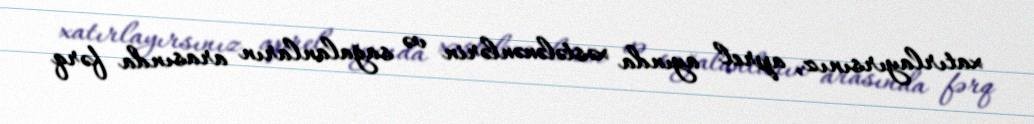
xatırlayırsınız, aprel ayında xəstələnənlərin və sağalanların arasında fərq